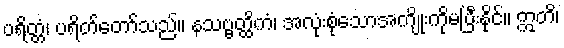
ပရိတ္တံ၊ ပရိတ်တော်သည်။ နသဗ္ဗတ္ထိကံ၊ အလုံးစုံသောအကျိုးကိုမပြီးနိုင်။ ဣတိ၊